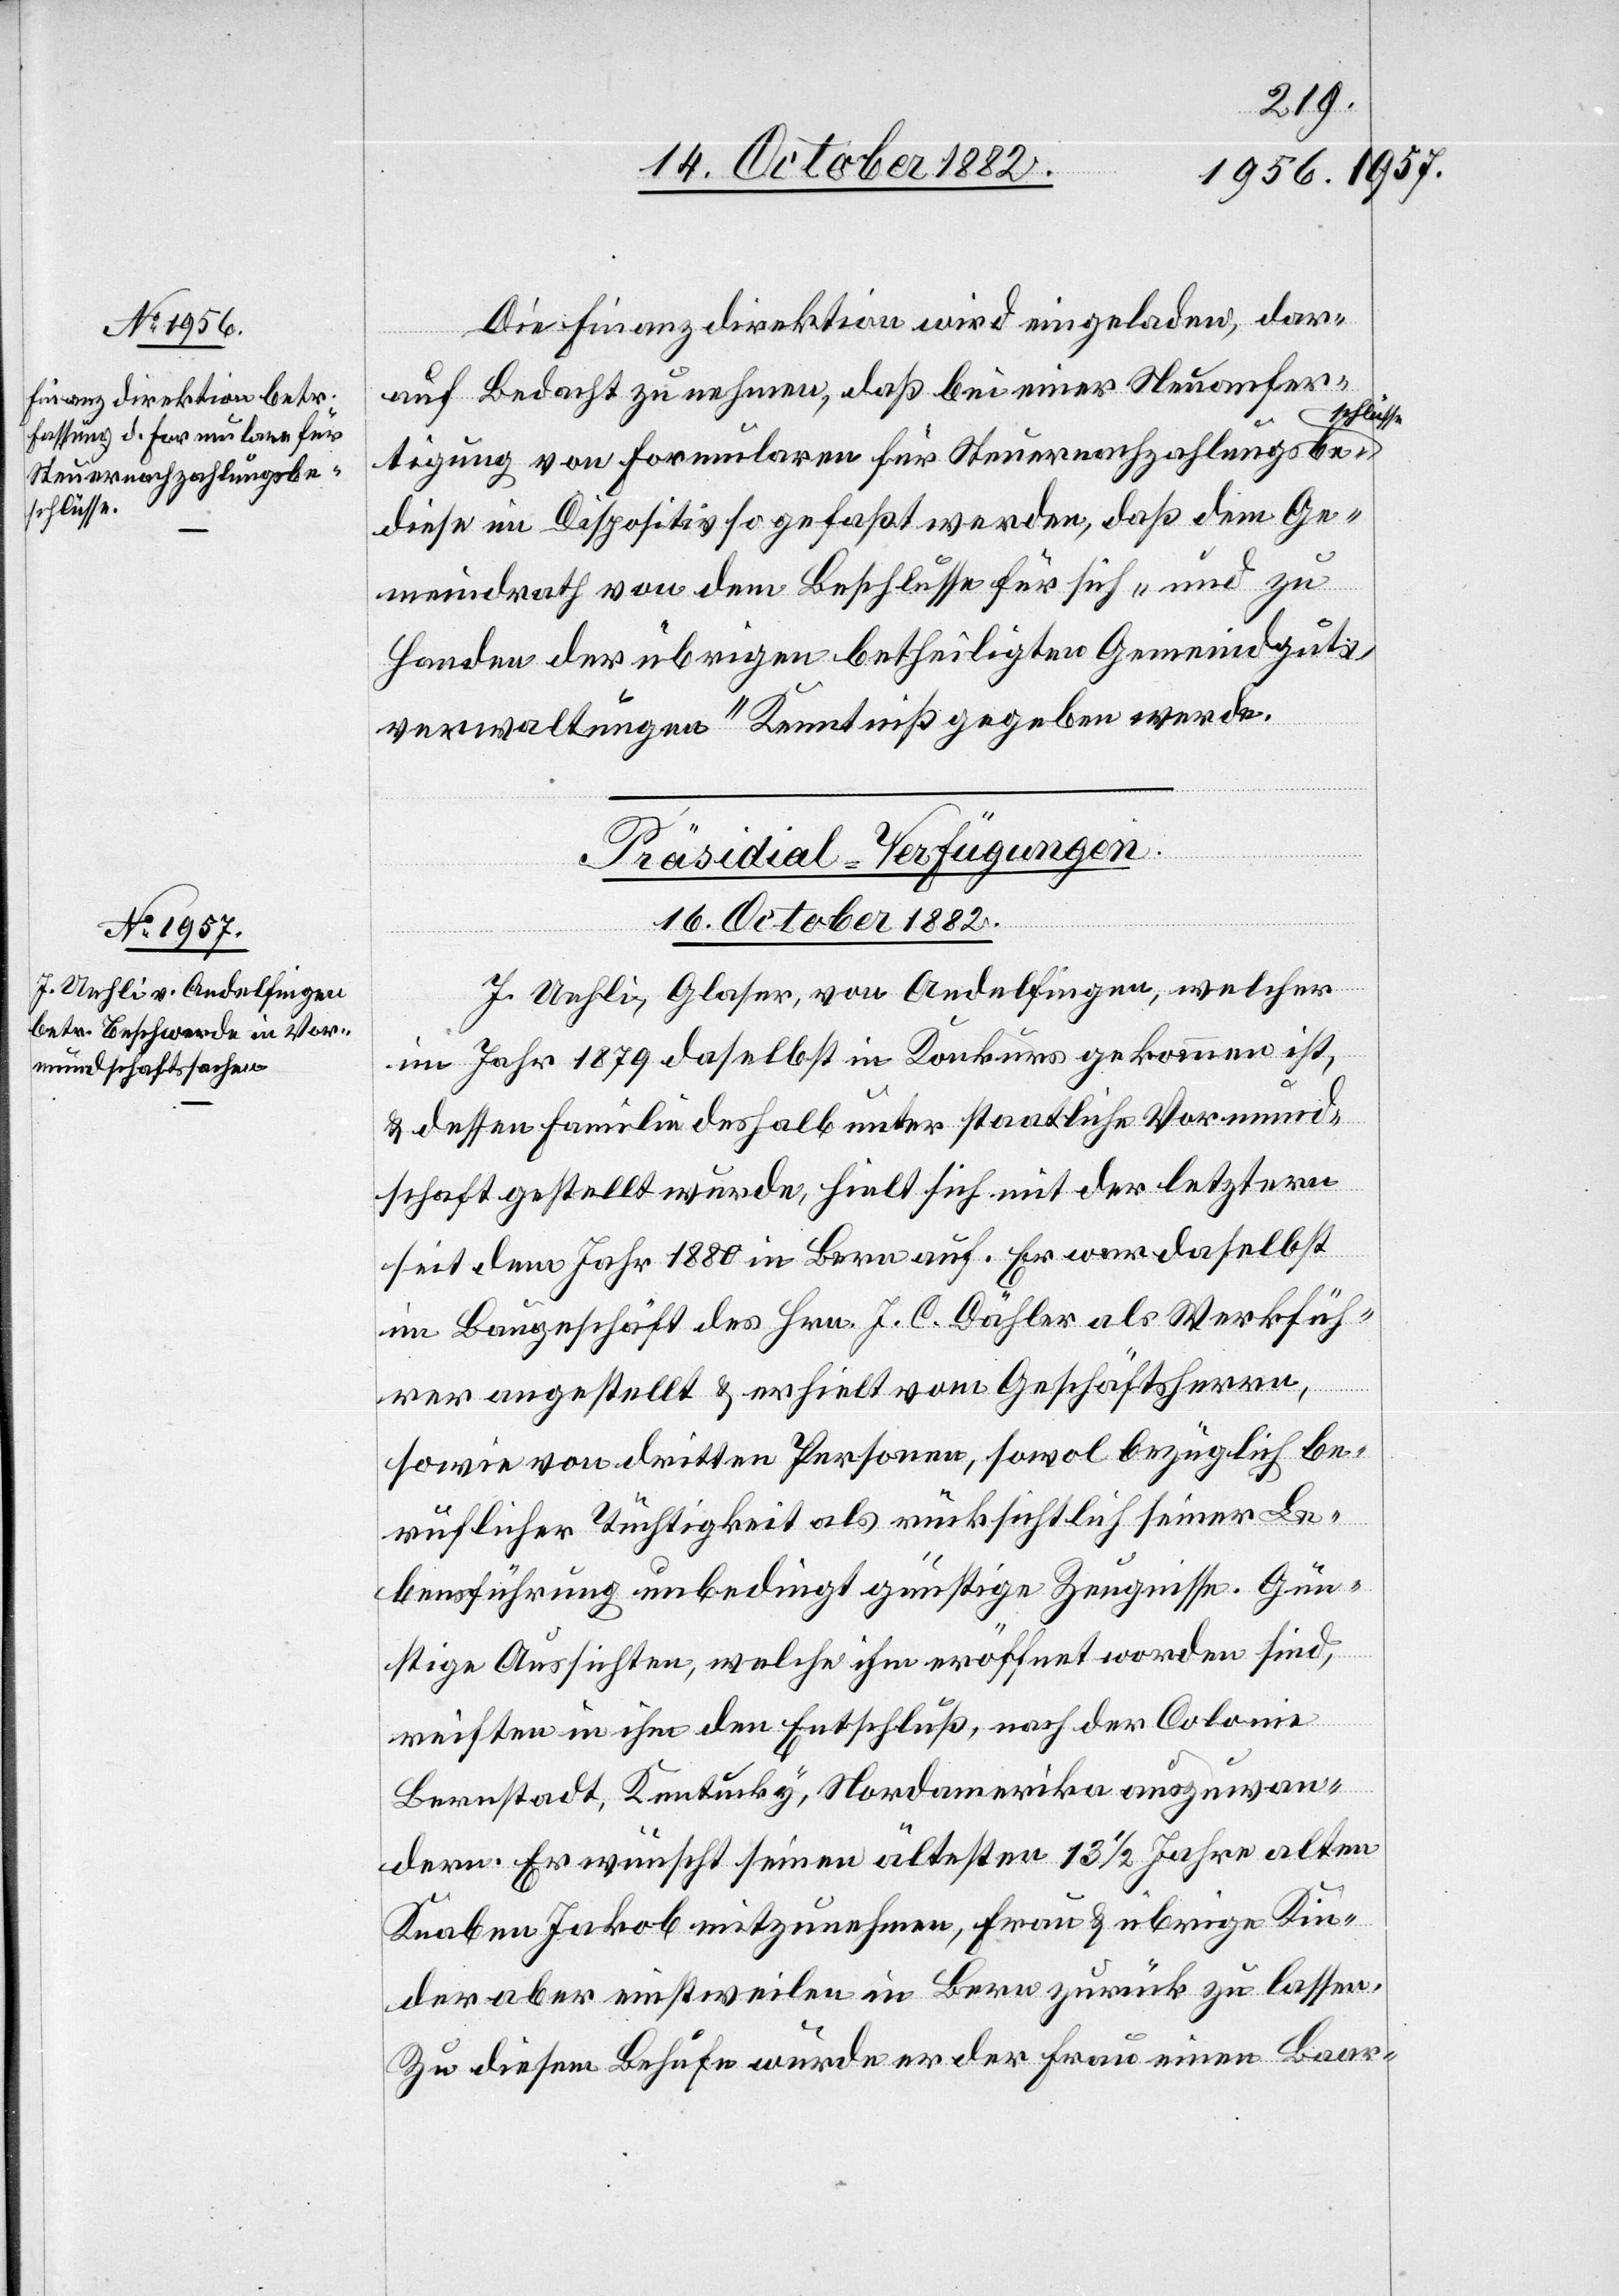
schlüsse

Die Finanzdirektion wird eingeladen, dar¬
auf Bedacht zu nehmen, daß bei einer Steueranfer¬
tigung von Formularen für Steuernachzahlungsbe¬
diese im Dispositiv so gefaßt werden, daß dem Ge¬
meindrath von dem Beschlusse für sich „und zu
Handen der übrigen betheiligten Gemeindguts¬
verwaltungen“ Kenntniß gegeben werde.
Präsidial-Verfügungen.
16. October 1882.
J. Uehli, Glaser, von Andelfingen, welcher
im Jahr 1879 daselbst in Konkurs gekommen ist,
& dessen Familie deshalb unter staatliche Vormund¬
schaft gestellt wurde, hielt sich mit der letztern
seit dem Jahr 1880 in Bern auf. Er war daselbst
im Baugeschäft des Hrn. J. C. Dähler als Werkfüh¬
rer angestellt & erhielt vom Geschäftsherrn,
sowie von dritten Personen, sowol bezüglich be¬
ruflicher Tüchtigkeit als rücksichtlich seiner Le¬
bensführung unbedingt günstige Zeugnisse. Gün¬
stige Aussichten, welche ihm eröffnet worden sind,
reiften in ihm den Entschluß, nach der Colonie
Bernstadt, Kentucky, Nordamerika auszuwan¬
dern. Er wünscht seinen ältesten 13 1/2 Jahre Alten
Knaben Jakob mitzunehmen, Frau & übrige Kin¬
der aber einstweilen in Bern zurück zu lassen.
Zu diesem Behufe würde er der Frau einen Baar-